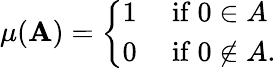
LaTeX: \mu(\mathbf{A})={\left\{ \begin{array}{ll}{1}&{{\mathrm{~if~}}0\in A}\\ {0}&{{\mathrm{~if~}}0\notin A.}\end{array}\right.}